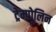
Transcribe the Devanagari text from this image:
ट्रेम्पोलिन